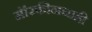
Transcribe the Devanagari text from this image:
मॉरफीनचाही